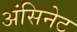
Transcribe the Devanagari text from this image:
अंसिनेट